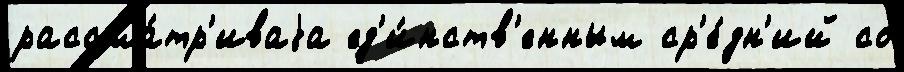
рассма́тр'иваjа ед'и́нств'енным ср'е́дн'ий со